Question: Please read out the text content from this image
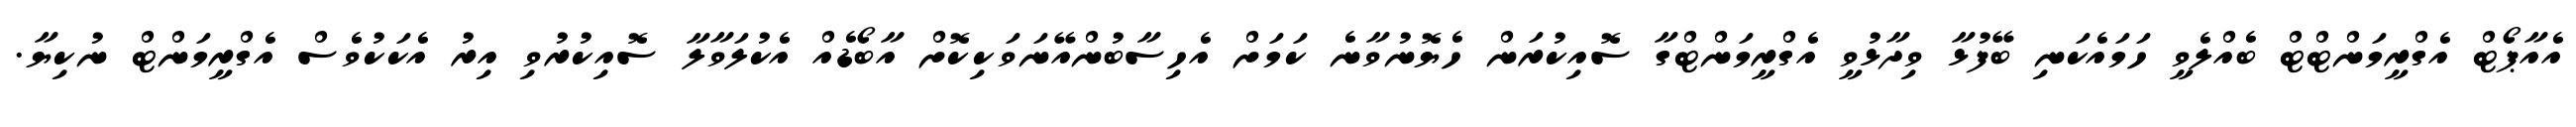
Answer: އެއާޕޯޓް އެގްރީމަންޓްޓް ބެއްލެވީ ހަމައެކަނި ބޭފުޅާ ވިދާޅުވީ އެގްރީމަންޓްގާ ސޮއިކުރަން ހެޔޮނުވާނެ ކަމަށް އެހިސާބުންއޭނަވަކިކޮށް އާބޯޑެއް އެކުލަވާލާ ސޮއިކުރުވި އިރު އެކަކުވެސް އެގްރީމަންޓް ނުކިޔާ.